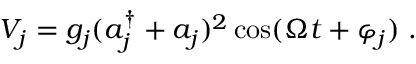
V _ { j } = g _ { j } ( a _ { j } ^ { \dagger } + a _ { j } ) ^ { 2 } \cos ( \Omega t + \varphi _ { j } ) \; .